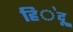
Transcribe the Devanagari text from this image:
हि॓दू